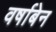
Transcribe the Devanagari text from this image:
वर्षाबेन